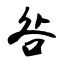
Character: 咎